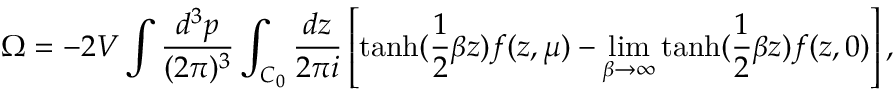
\Omega = - 2 V \int \frac { d ^ { 3 } p } { ( 2 \pi ) ^ { 3 } } \int _ { C _ { 0 } } \frac { d z } { 2 \pi i } \left[ \mathrm { t a n h } ( \frac 1 2 \beta z ) f ( z , \mu ) - \operatorname * { l i m } _ { \beta \rightarrow \infty } \mathrm { t a n h } ( \frac 1 2 \beta z ) f ( z , 0 ) \right] ,